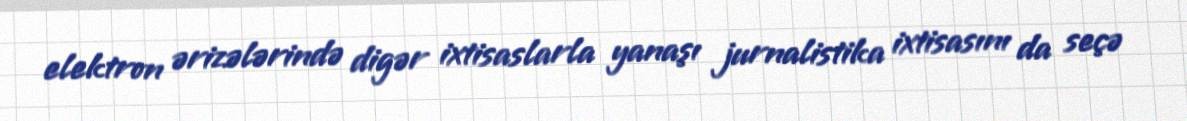
elektron ərizələrində digər ixtisaslarla yanaşı jurnalistika ixtisasını da seçə